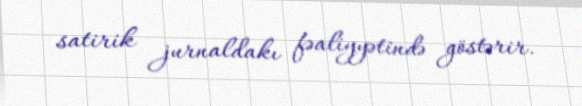
satirik jurnaldakı fəaliyyətində göstərir.